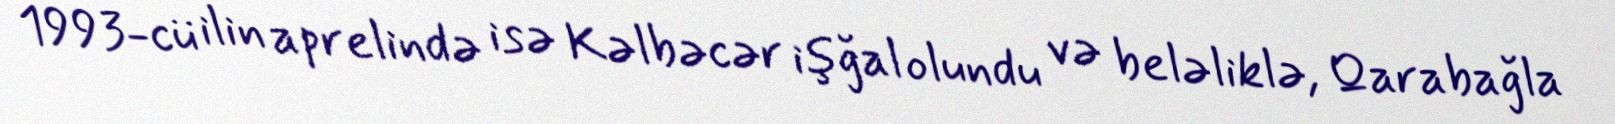
1993-cü ilin aprelində isə Kəlbəcər işğal olundu və beləliklə, Qarabağla